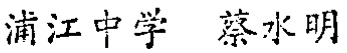
浦江中学 蔡水明